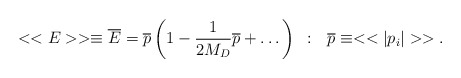
\begin{align*}<<E>>\equiv {\overline E} = {\overline p}\left(1 -\frac{1}{2M_D}{\overline p} + \dots \right)~:~~{\overline p} \equiv <
>.\end{align*}